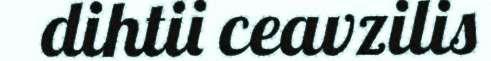
dihtii ceavzilis